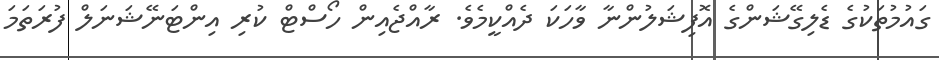
ގައުމުތަކުގެ ޑެލިގޭޝަންގެ އޮފިޝަލުންނާ ވާހަކަ ދެއްކީމެވެ. ރާއްޖެއިން ހޯސްޓް ކުރި އިންޓަނޭޝަނަލް ފުރަތަމަ